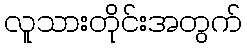
လူသားတိုင်းအတွက်